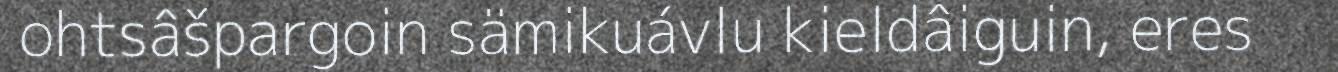
ohtsâšpargoin sämikuávlu kieldâiguin, eres